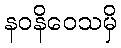
နဝနိဝေသမှိ